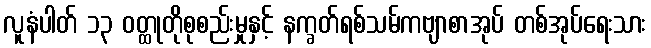
လူနံပါတ် ၁၃ ဝတ္ထုတိုစုစည်းမှုနှင့် နက္ခတ်ရစ်သမ်ကဗျာစာအုပ် တစ်အုပ်ရေးသား